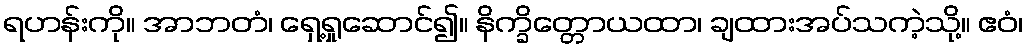
ရဟန်းကို။ အာဘတံ၊ ရှေ့ရှုဆောင်၍။ နိက္ခိတ္တောယထာ၊ ချထားအပ်သကဲ့သို့။ ဧဝံ၊